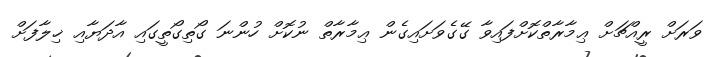
ވަރަށް ރީއްޗަށް ޢިމާރާތްކޮށްފައިވާ ގޭގެވަށައިގެން ޢިމާރާތް ނުކޮށް ހުންނަ ގޯތިގޯތީގައި އާދަޔާއި ޚިލާފަށް